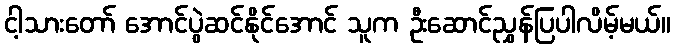
ငါ့သားတော် အောင်ပွဲဆင်နိုင်အောင် သူက ဦးဆောင်ညွှန်ပြပါလိမ့်မယ်။